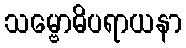
သမ္ဗောဓိပရာယနာ